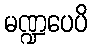
မဏ္ဍပေပိ